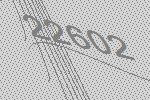
22602